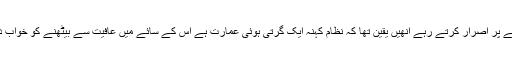
وہ تمام عمر روشنی کے سفر کو جاری رکھنے پر اصرار کرتے رہے انھیں یقین تھا کہ نظام کہنہ ایک گرتی ہوئی عمارت ہے اس کے سائے میں عافیت سے بیٹھنے کو خواب دیکھنے والے احمقوں کی جنت میں رہتے ہیں۔